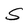
Character: S